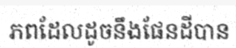
ភពដែលដូចនឹងផែនដីបាន